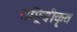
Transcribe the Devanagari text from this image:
राष्ट्रियीकृत